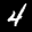
Label: 4